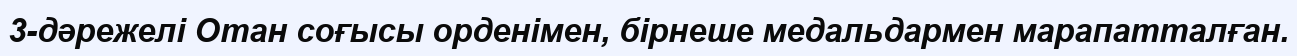
3-дәрежелі Отан соғысы орденімен, бірнеше медальдармен марапатталған.